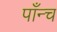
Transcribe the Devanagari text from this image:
पाँन्च